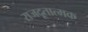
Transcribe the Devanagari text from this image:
राजदूतात्मक